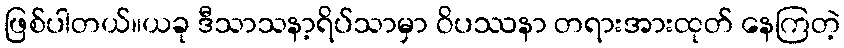
ဖြစ်ပါတယ်။ယခု ဒီသာသနာ့ရိပ်သာမှာ ဝိပဿနာ တရားအားထုတ် နေကြတဲ့